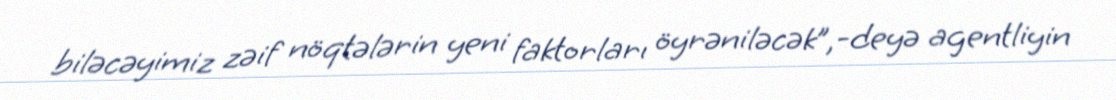
biləcəyimiz zəif nöqtələrin yeni faktorları öyrəniləcək”,-deyə agentliyin